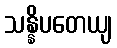
သန္နိပတေယျ